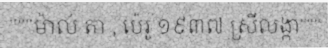
"""ម៉ាល់ តា , ប៉េរូ ១៩៣៧ ស្រីលង្កា"""